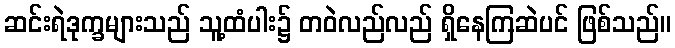
ဆင်းရဲဒုက္ခများသည် သူ့ထံပါး၌ တဝဲလည်လည် ရှိနေကြဆဲပင် ဖြစ်သည်။